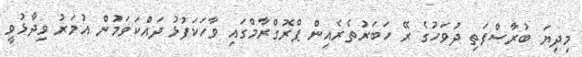
މިދިޔަ ބުރާސްފަތި ދުވަހުގެ ރޭ ހަބަރުތެރެއިން ޕްރޮގްރާމްގައި ވާހަކަފުޅު ދައްކަވަމުން އުމަރު ވިދާޅުވީ